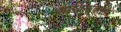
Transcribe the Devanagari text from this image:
भांडवलविरोधी